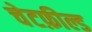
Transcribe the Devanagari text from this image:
चेटफ़ील्ड